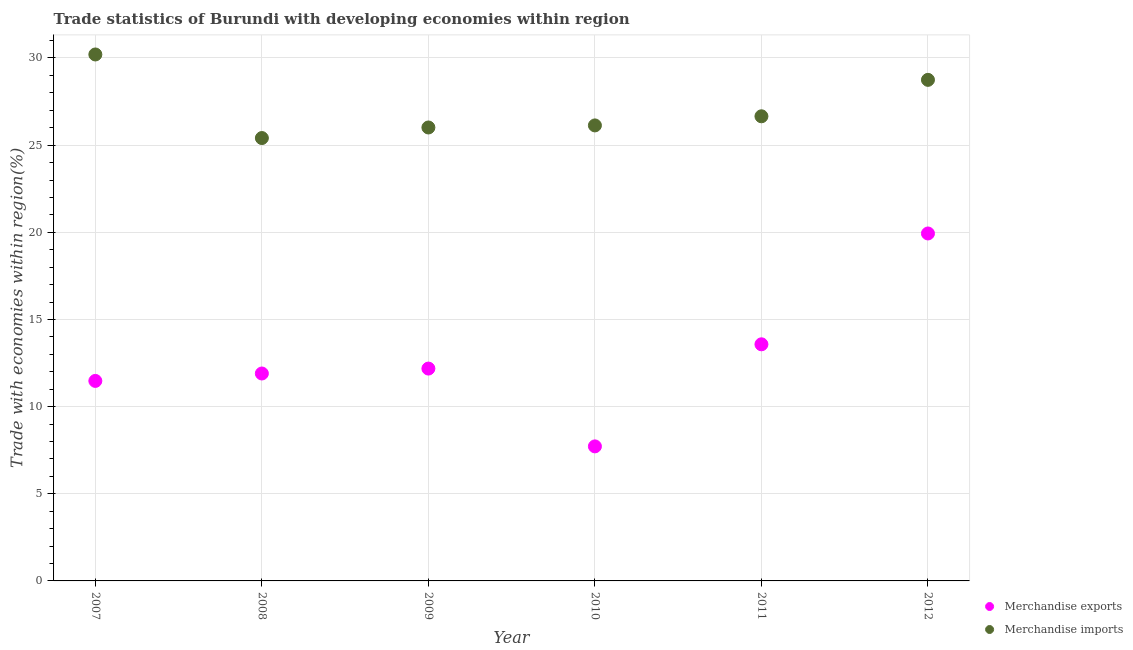
| Year | Merchandise exports | Merchandise imports |
 | --- | --- | --- |
 | 2007 | 11.5 | 30.2 |
 | 2008 | 11.9 | 25.4 |
 | 2009 | 12.2 | 26 |
 | 2010 | 7.72 | 26.1 |
 | 2011 | 13.6 | 26.7 |
 | 2012 | 19.9 | 28.7 |